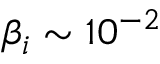
\beta _ { i } \sim 1 0 ^ { - 2 }